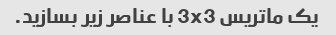
یک ماتریس 3x3 با عناصر زیر بسازید.